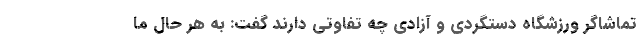
تماشاگر ورزشگاه دستگردی و آزادی چه تفاوتی دارند گفت: به هر حال ما